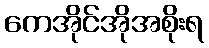
ကေအိုင်အိုအစိုးရ